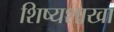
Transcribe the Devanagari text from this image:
शिष्यशाखा